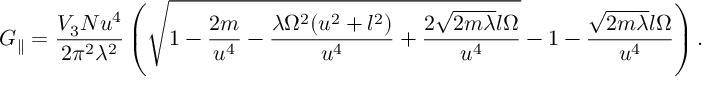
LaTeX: G _ { \parallel } = \frac { V _ { 3 } N u ^ { 4 } } { 2 \pi ^ { 2 } \lambda ^ { 2 } } \left( \sqrt { 1 - \frac { 2 m } { u ^ { 4 } } - \frac { \lambda \Omega ^ { 2 } ( u ^ { 2 } + l ^ { 2 } ) } { u ^ { 4 } } + \frac { 2 \sqrt { 2 m \lambda } l \Omega } { u ^ { 4 } } } - 1 - \frac { \sqrt { 2 m \lambda } l \Omega } { u ^ { 4 } } \right) .